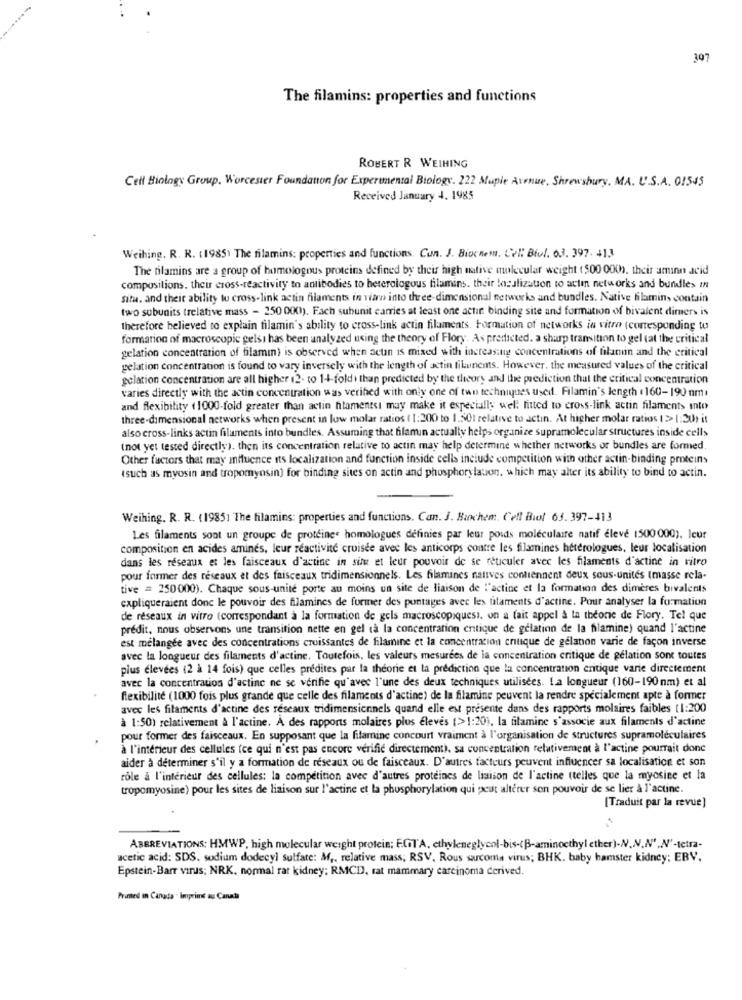
307
The filamins: properties and functions
ROBERT R WEIHING
Cell Biology Group. Worcester Foundation for Experimental Biology. 222 Mapie Avenue, Shrewsbury. MA. U.S.A. 01545
Received January 4. 1985
Weihing. R. R. (1985) The filamins: properties and functions. Cun. J. Biochem. Cel: Biol. 03. 397. 413
The filamins are a group of homologous proteins defined by their high native molecular weight (500 000h). their amino acid
compositions, their cross-reactivity to antibodies to heterologous filamins. their localization to actin networks and bundle> In
situ. and their ability to cross-link actin filaments in vitro into three-dimensional networks and bundles. Native filamins contain
two subunits (relative mass - 250 000). Fach subunit carries at least one actin binding site and formation of bivalent dimers is
therefore believed to explain tilamin's ability to cross-link actin filaments. Formation of networks in vitro (corresponding to
formation of macroscopic gels) has been analyzed using the theory of Flory. As predicted. a sharp transition to gel tat the critical
gelation concentration of filamin) is observed when seuan is mixed with increasing concentrations of filamin and the critical
gelation concentration is found to vary inversely with the length of actin filunems. However, the measured values of the critical
gelation concentration are all higher (2. to 1-4-foldi than predicted by the theory and the prediction that the critical concentration
varies directly with the actin concentration was verihed with only one of two techniques used. Filamin's length .160-190 nm
and flexibility (1000-fold greater than actin fitamentsi may make it especially well fitted to cross-link actin filaments into
three-dimensional actworks when present in low molar ratios ( 1:200 to 1.501 relative to actin. At higher molar ratios ( > 1:20hit
also cross-links actin filaments into bundles. Assuming that filamin actually helps organize supramolecular structures inside cells
(not yet tested directly), then its concentration relative to actin may help determine whether networks or bundles are formed,
Other factors that may influence its localization and function inside cells include competition with other actin-binding protein
(such as myosin and tropomyosin) for binding sites on actin and phosphorylation, which may alter its ability to bind to actin.
Weihing. R. R. (19851 The filamins: properties and functions. Can. J. Biochem. Ceff Biot 63. 397-413
Les filaments sont un groupe de protéines homologues définies par leur poids moléculaire natif eleve 1500 000). Icur
composition en acides aminés, leur réactivité cruisee avec les anticorps contre les filamines hétérologues, leur localisation
dans les réseaux et les faisceaux d'actine in situ et leur pouvoir de se reticuler avec les filaments d'actine in vitro
pour former des réseaux et des faisceaux tridimensionnels. Les filamines natives contiennent deux sous-unités (masse rela-
tive = 250000). Chaque sous-unite porte au moins un site de liaison de l'actine et la formation des dimères bivalents
expliqueraient donc le pouvoir des filamines de former des puntages avec les filaments d'actine. Pour analyser la formation
de réseaux in vitro (correspondant à la formation de gels macroscopiquesi, on a fait appel à la theorie de Flory. Tel que
prédit, nous observons une transition nette en gel ta la concentration entique de gelatinn de la filamine) quand l'actine
est mélangée avec des concentrations croissantes de filamine et la concentration entique de gelanon varie de façon inverse
avec la longueur des filaments d'actine. Toutefois, les valeurs mesurees de la concentration critique de gelation sont toutes
plus élevées (2 à 14 fois) que celles prédites par la théorie et la prediction que la concentration critique varie directement
avec la concentration d'actinc ne se vérifie qu'avec l'une des deux techniques utilisées. La longueur (160-190 nm) et al
flexibilité (1000 fois plus grande que celle des filaments d'actine) de la filamine peuvent la rendre spécialement apte à former
avec les filaments d'actine des réseaux tridimensiennels quand elle est presente dans des rapports molaires faibles (1:200
à 1:50) relativement à l'actine. A des rapports molaires plus élevés (>1:20), la filamine s'associe aux filaments d'actine
pour former des faisceaux. En supposant que la filamine concourt vraiment à l'organisation de structures supramoléculaires
à l'intérieur des cellules (ce qui n'est pas encore vérifié directement), sa concentration relativement à l'actine pourrait donc
aider à déterminer s'il y a formation de réseaux ou de faisceaux. D'autres facteurs peuvent influencer sa localisation et son
role a l'intérieur des cellules: la competition avec d'autres proteines de liaison de l'actine (telles que la myosine et la
tropomyosine) pour les sites de liaison sur l'actine et la phosphorylation qui peut altérer son pouvoir de se lier à l'actine.
[Traduit par la revue]
ABBREVIATIONS: HMWP, high molecular weight protein; EGT'A, ethyleneglycol-bis -< B-aminocthylether)-NV,N.N' .N'-tetra-
acetic acid: SDS. sodium dodecyl sulfate: M ,, relative mass; RSV, Rous sarcoma virus; BHK. baby hamster kidney; EBV.
Epstein-Barr virus; NRK, normal rat kidney; RMCD, rat mammary carcinoma derived.
Printed In Canada - Imprimé au Canal